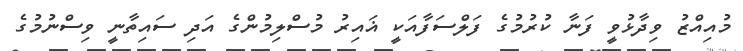
މުއިއްޒު ވިދާޅުވީ ފަނާ ކުރުމުގެ ފަލްސަފާއަކީ ޣައިރު މުސްލިމުންގެ އަދި ސައިތާނީ ވިސްނުމުގެ